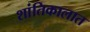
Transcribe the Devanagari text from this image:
शांतिकालात